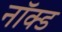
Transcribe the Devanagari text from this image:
नॉक्ड